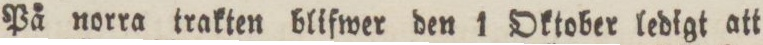
På norra trakten blifwer den 1 Oktober ledigt att